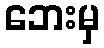
ဘေးမှ